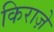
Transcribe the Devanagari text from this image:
किराज़े